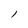
Character: l